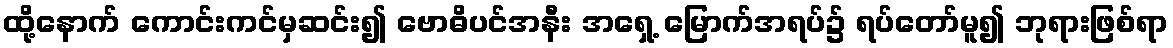
ထို့နောက် ကောင်းကင်မှဆင်း၍ ဗောဓိပင်အနီး အရှေ့ မြောက်အရပ်၌ ရပ်တော်မူ၍ ဘုရားဖြစ်ရာ